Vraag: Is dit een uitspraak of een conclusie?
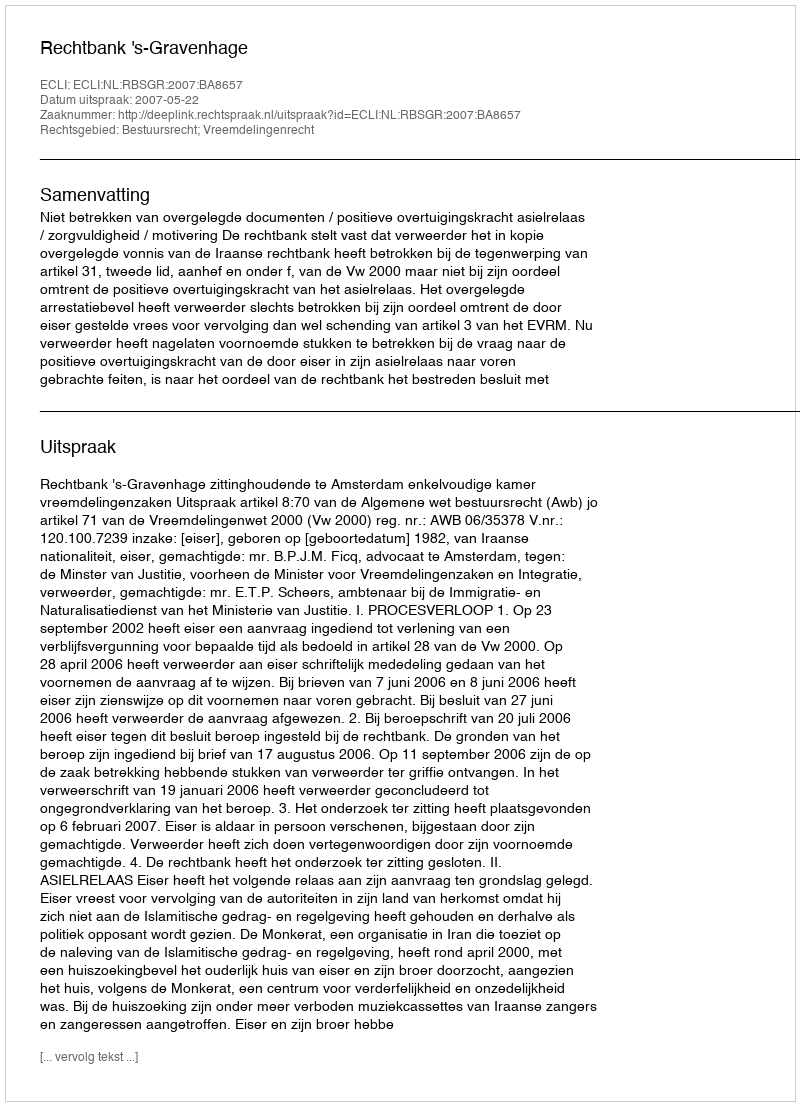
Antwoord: Uitspraak